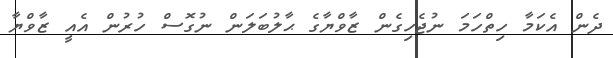
ދެން އެކަމާ ހިތްހަމަ ނުޖެހިގެން ޒާވްޔާގެ ޙާލުބަލަން ނުގޮސް ހުރުން އެއީ ޒާވްޔާ